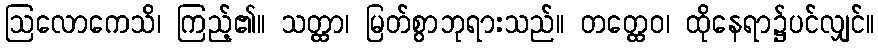
ဩလောကေသိ၊ ကြည့်၏။ သတ္ထာ၊ မြတ်စွာဘုရားသည်။ တတ္ထေဝ၊ ထိုနေရာ၌ပင်လျှင်။